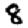
Digit: 8